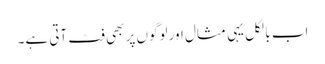
اب بالکل یہی مثال اور لوگوں پر بھی فٹ آتی ہے۔